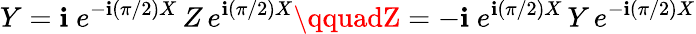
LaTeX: Y=\mathbf{i}\; e^{-\mathbf{i}({\pi}/{2})X}\, Z\, e^{\mathbf{i}({\pi}/{2})X}\qquadZ=-\mathbf{i}\; e^{\mathbf{i}({\pi}/{2})X}\, Y\, e^{-\mathbf{i}({\pi}/{2})X}